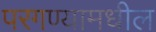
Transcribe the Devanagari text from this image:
परगण्यामधील